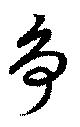
争